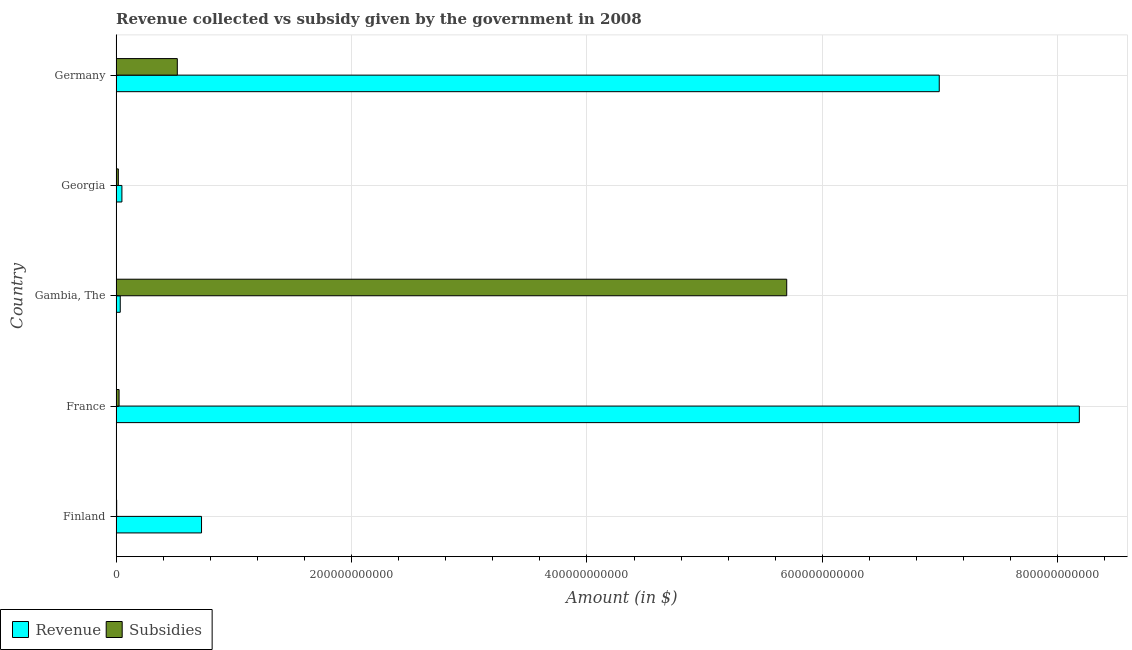
| Country | Revenue | Subsidies |
 | --- | --- | --- |
 | Finland | 7.26e+10 | 4.63e+08 |
 | France | 8.18e+11 | 2.51e+09 |
 | Gambia, The | 3.5e+09 | 5.7e+11 |
 | Georgia | 4.9e+09 | 1.87e+09 |
 | Germany | 6.99e+11 | 5.2e+10 |